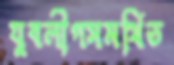
যুবলীগসমর্থিত